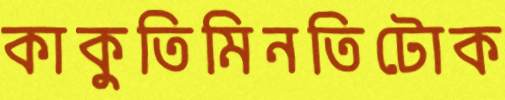
কাকুতিমিনতিটোক